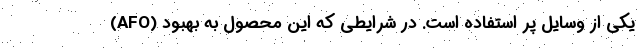
(AFO) یکی از وسایل پر استفاده است. در شرایطی که این محصول به بهبود